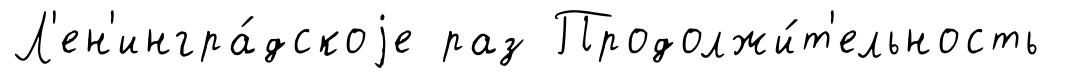
Л'ен'ингра́дскоjе раз Продолжи́т'ельность